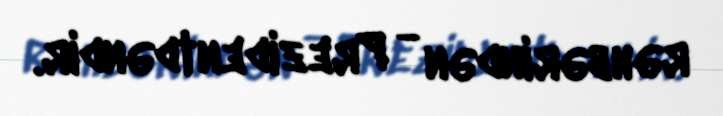
rəhbərindən - Prezidentdəndir.